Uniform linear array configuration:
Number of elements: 4
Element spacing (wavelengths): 0.5
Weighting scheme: hann
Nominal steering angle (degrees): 45
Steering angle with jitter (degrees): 43.449
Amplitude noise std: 0.05
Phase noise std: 0.05

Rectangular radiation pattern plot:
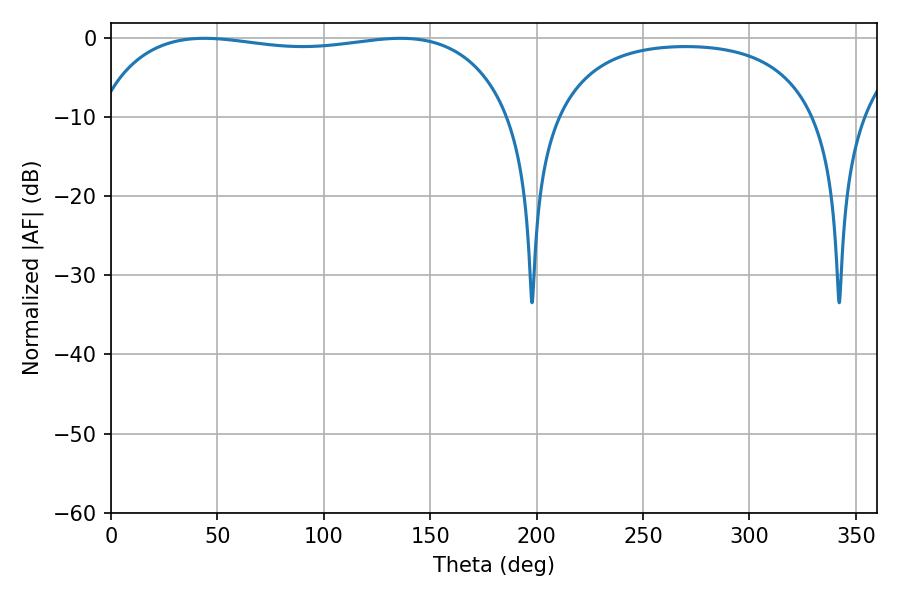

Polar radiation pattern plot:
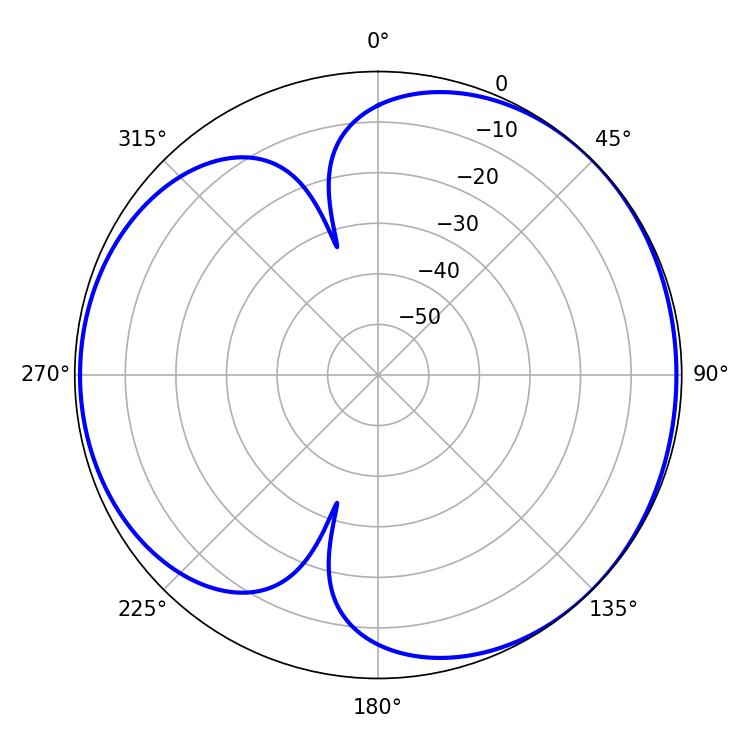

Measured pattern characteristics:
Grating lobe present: FALSE
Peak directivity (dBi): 4.358
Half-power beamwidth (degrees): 157.32
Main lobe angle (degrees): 43.92